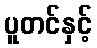
ပူတင်နှင့်